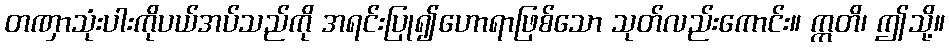
တဏှာသုံးပါးကိုပယ်အပ်သည်ကို အရင်းပြု၍ဟောရာဖြစ်သော သုတ်လည်းကောင်း။ ဣတိ၊ ဤသို့။